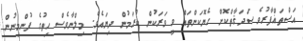
އަސްތަޣްފާރުވެ ޞަދަޤާތްކޮށް ހެޔޮކަންތައް ވީ ވަރަކުން ކުރަމުން ދިޔައެވެ. މިލްނާވެސް ހިތުގެ ފުންމިނުން